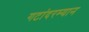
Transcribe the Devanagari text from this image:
गटांदरम्यान